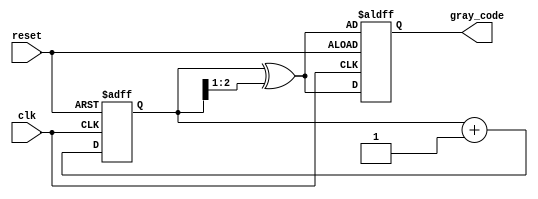
module gray_code_counter (
    input wire clk,        // Clock signal
    input wire reset,      // Asynchronous reset signal
    output reg [2:0] gray_code // 3-bit Gray Code output
);

    reg [2:0] binary_count; // 3-bit binary counter

    // Binary to Gray Code conversion
    function [2:0] binary_to_gray(input [2:0] binary);
        binary_to_gray = binary ^ (binary >> 1);
    endfunction

    always @(posedge clk or posedge reset) begin
        if (reset) begin
            binary_count <= 3'b000; // Reset binary count to 0
            gray_code <= binary_to_gray(binary_count); // Initialize Gray Code
        end else begin
            binary_count <= binary_count + 1; // Increment binary count
            gray_code <= binary_to_gray(binary_count); // Update Gray Code
        end
    end

endmodule